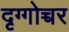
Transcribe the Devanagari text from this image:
दृग्गोच्चर